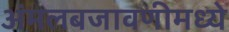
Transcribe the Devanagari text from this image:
अंमलबजावणीमध्ये